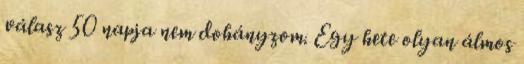
válasz 50 napja nem dohányzom. Egy hete olyan álmos